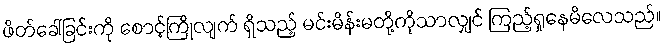
ဖိတ်ခေါ်ခြင်းကို စောင့်ကြိုလျက် ရှိသည့် မင်းမိန်းမတို့ကိုသာလျှင် ကြည့်ရှုနေမိလေသည်။